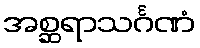
အစ္ဆရာသင်္ဂဏံ